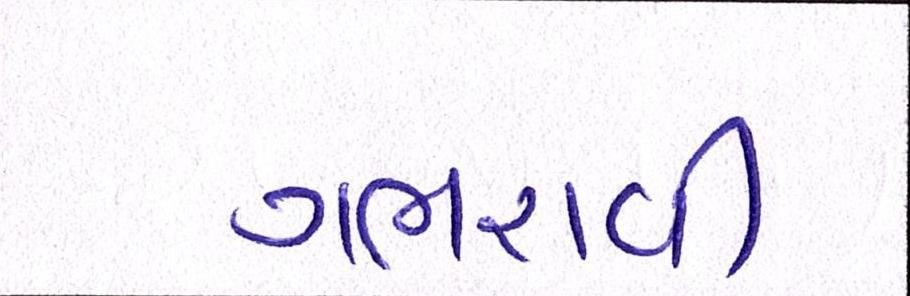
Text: ગભરાવી